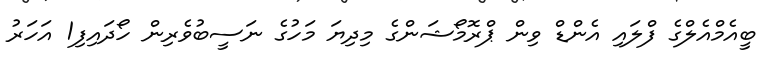
ބީއެމްއެލްގެ ފްލައި އެންޑް ވިން ޕްރޮމޯޝަންގެ މިދިޔަ މަހުގެ ނަސީބުވެރިން ހޯދައިފި1 އަހަރު